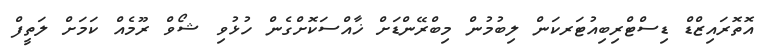
އޮތޮރައިޒްޑް ޑިސްޓްރިބިއުޓަރކަން ލިބުމުން މިބްރޭންޑަށް ޚާއްސަކޮށްގެން ހުޅުވި ޝޯވް ރޫމެއް ކަމަށް ލަތީފް